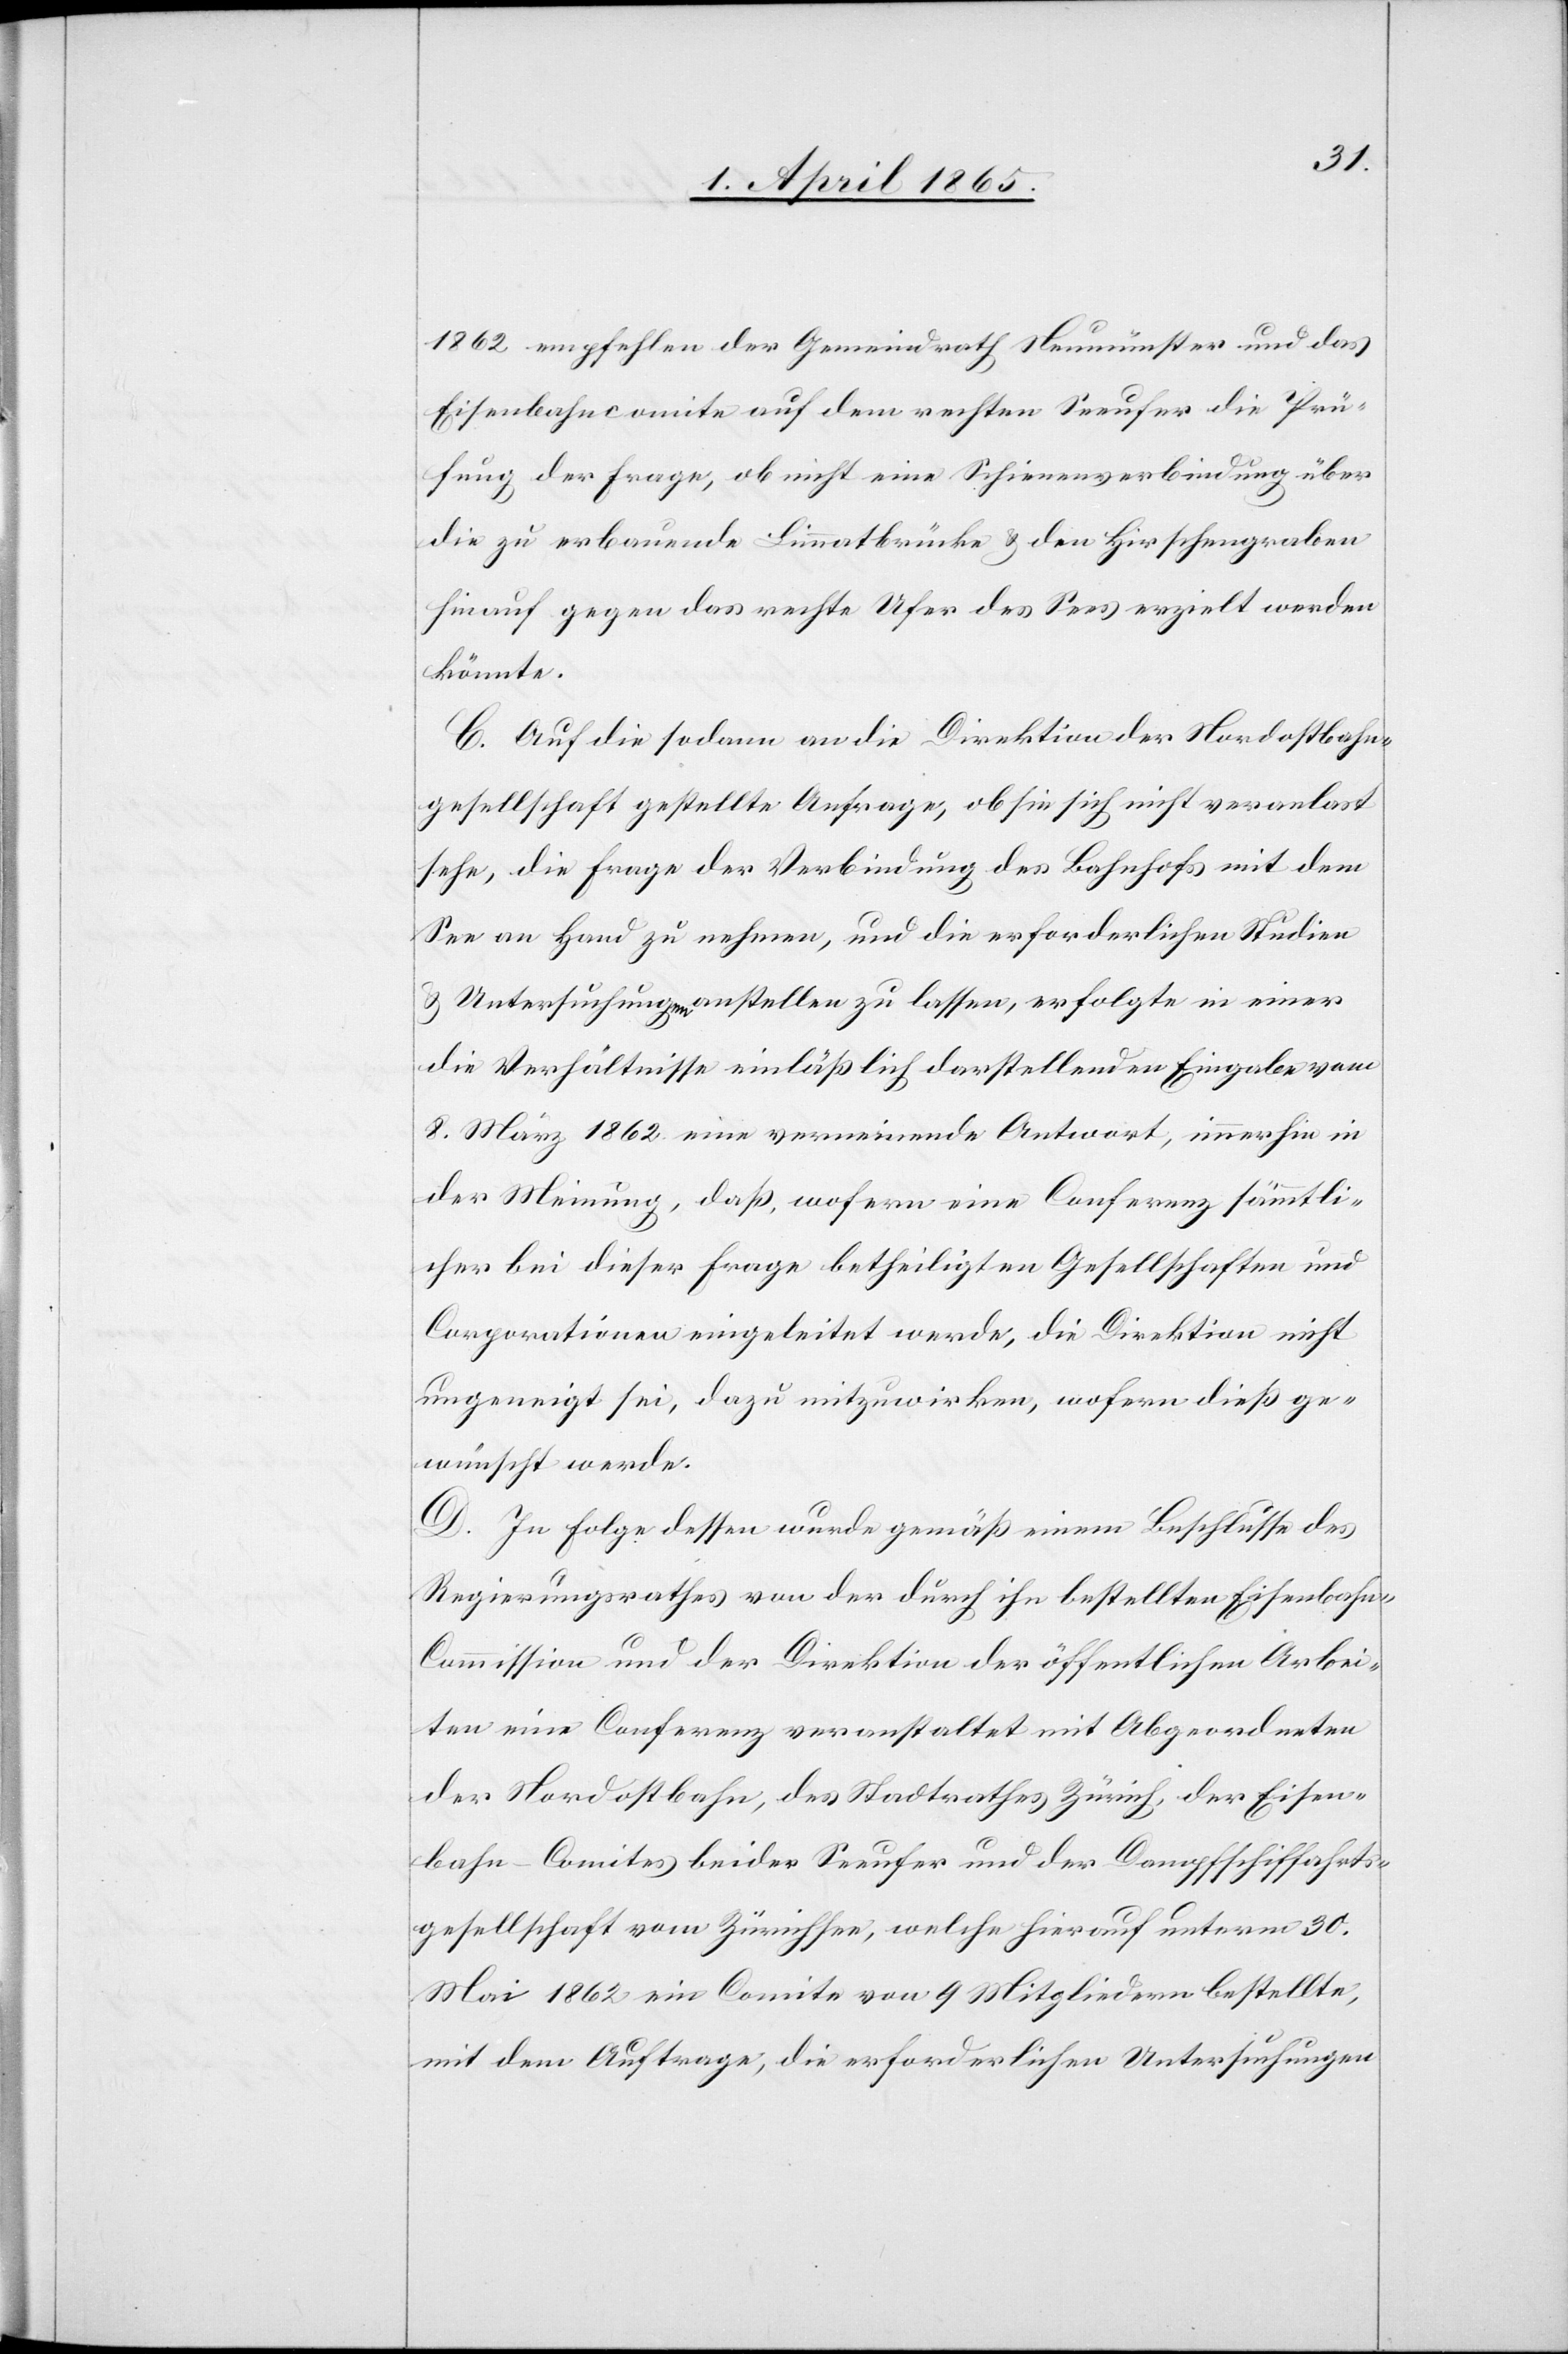
1862 empfehlen der Gemeindrath Neumünster und das
Eisenbahncomite auf dem rechten Seeufer die Prü¬
fung der Frage, ob nicht eine Schienenverbindung über
die zu erbauende Limmatbrücke & den Hirschengraben
hinauf gegen das rechte Ufer des Sees erzielt werden
könnte.
C. Auf die sodann an die Direktion der Nordostbahn¬
gesellschaft gestellte Anfrage, ob sie sich nicht veranlast
sehe, die Frage der Verbindung des Bahnhofs mit dem
See an Hand zu nehmen, und die erforderlichen Studien
& Untersuchungen anstellen zu lassen, erfolgte in einer
die Verhältnisse einläßlich darstellenden Eingabe vom
8. März 1862 eine verneinende Antwort, immerhin in
der Meinung, daß, wofern eine Conferenz sämmtli¬
cher bei dieser Frage betheiligten Gesellschaften und
Corporationen eingeleitet werde, die Direktion nicht
ungeneigt sei, dazu mitzuwirken, wofern dieß ge¬
wünscht werde.
D. In Folge dessen wurde gemäß einem Beschlusse des
Regierungsrathes von der durch ihn bestellten Eisenbah¬
n-Commission und der Direktion der öffentlichen Arbei¬
ten eine Conferenz veranstaltet mit Abgeordneten
der Nordostbahn, des Stadtrathes Zürich, der Eisen¬
bahn-Comites beider Seeufer und der Dampfschiffahrts¬
gesellschaft vom Zürichsee, welche hierauf unterm 30.
Mai 1862 ein Comite von 9 Mitgliedern bestellte,
mit dem Auftrage, die erforderlichen Untersuchungen